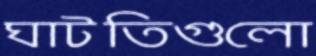
ঘাটতিগুলো